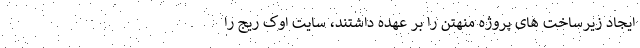
ایجاد زیرساخت های پروژه منهتن را بر عهده داشتند، سایت اوک ریج را